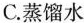
C.蒸馏水